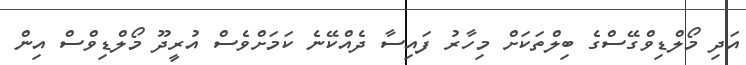
އަދި މޯލްޑިވްގޭސްގެ ބިލްތަކަށް މިހާރު ފައިސާ ދެއްކޭނެ ކަމަށްވެސް އުރީދޫ މޯލްޑިވްސް އިން